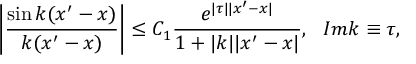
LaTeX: \left| \frac { \sin k ( x ^ { \prime } - x ) } { k ( x ^ { \prime } - x ) } \right| \leq C _ { 1 } \frac { e ^ { | \tau | | x ^ { \prime } - x | } } { 1 + | k | | x ^ { \prime } - x | } , ~ ~ I m k \equiv \tau ,